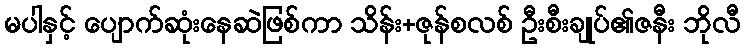
မပါနှင့် ပျောက်ဆုံးနေဆဲဖြစ်ကာ သိန်း+ဇုန်စလစ် ဦးစီးချုပ်၏ဇနီး ဘိုလီ